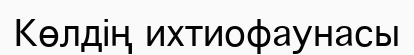
Көлдің ихтиофаунасы